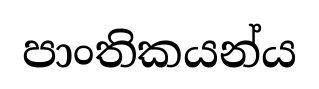
පාංතිකයන්ය